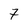
Character: 7